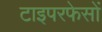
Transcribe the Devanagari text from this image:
टाइपरफेसों